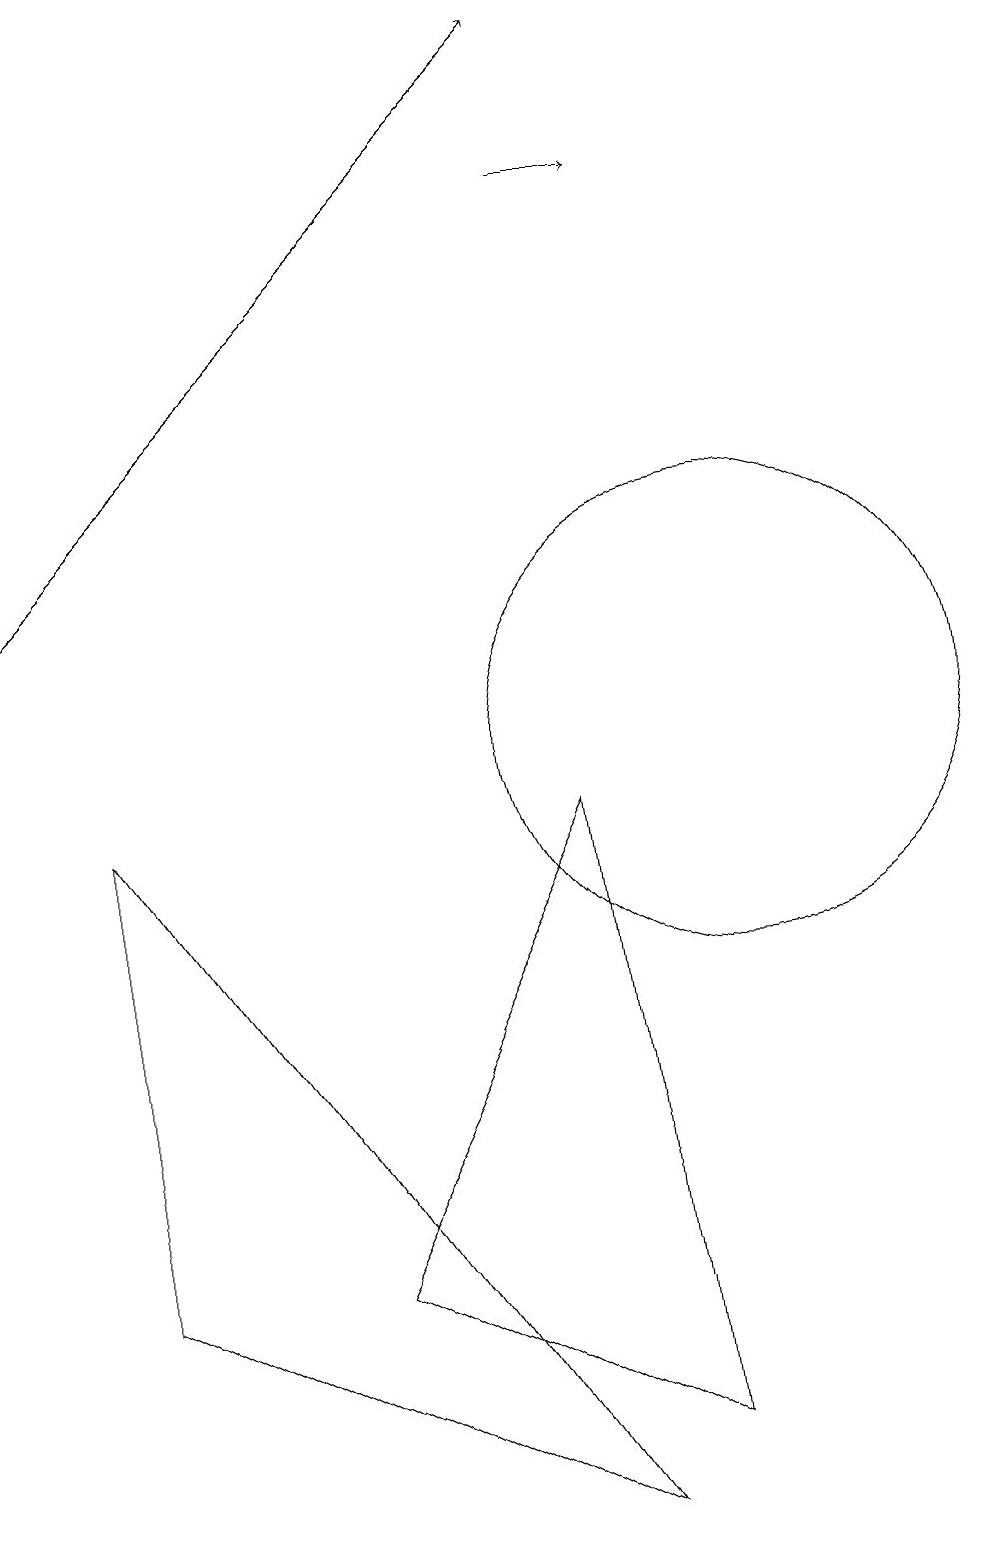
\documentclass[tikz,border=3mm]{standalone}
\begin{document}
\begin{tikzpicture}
\draw (8,9) -- (9,1) -- (5,3) -- cycle;
\draw (2,9) -- (8,0) -- (2,3) -- cycle;
\draw[->] (1,12) -- (8,19);
\draw (10,10) circle (3);
\draw[->] (8,17) -- (9,17);
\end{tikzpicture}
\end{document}